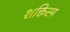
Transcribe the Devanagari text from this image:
शक्तिस्म